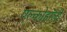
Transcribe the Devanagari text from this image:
एल्कोहॉली